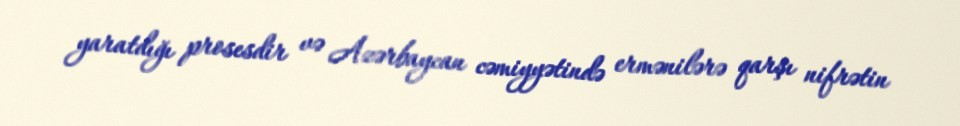
yaratdığı prosesdir və Azərbaycan cəmiyyətində ermənilərə qarşı nifrətin